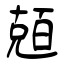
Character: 兡